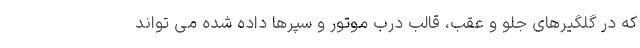
که در گلگیرهای جلو و عقب، قالب درب موتور و سپرها داده شده می تواند